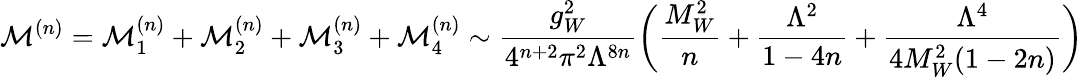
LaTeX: \mathcal{M}^{(n)}=\mathcal{M}_{1}^{(n)}+\mathcal{M}_{2}^{(n)}+\mathcal{M}_{3}^{(n)}+\mathcal{M}_{4}^{(n)}\sim\frac{g_{W}^{2}}{4^{n+2}\pi^{2}\Lambda^{8n}}\bigg(\frac{M_{W}^{2}}{n}+\frac{\Lambda^{2}}{1-4n}+\frac{\Lambda^{4}}{4M_{W}^{2}(1-2n)}\bigg)